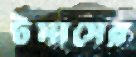
টমাসের